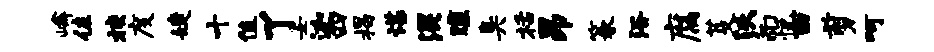
嶙佐挟度婕十值了女迦四揭谌混曛臭栝昂篆浴腐芟沃而悦西剪呵